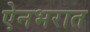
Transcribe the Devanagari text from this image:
ऐनभरात